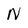
Character: N